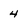
Character: 4